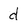
Character: d